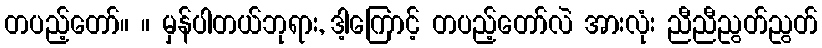
တပည့်တော်။ ။ မှန်ပါတယ်ဘုရား, ဒါ့ကြောင့် တပည့်တော်လဲ အားလုံး ညီညီညွတ်ညွတ်